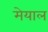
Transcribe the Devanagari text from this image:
मेयाल